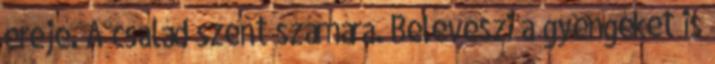
ereje. A család szent számára. Beleveszi a gyengéket is